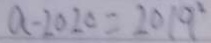
a - 2 0 2 0 = 2 0 1 9 ^ { 2 }